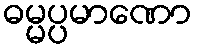
ဓမ္မပ္ပမာဏော